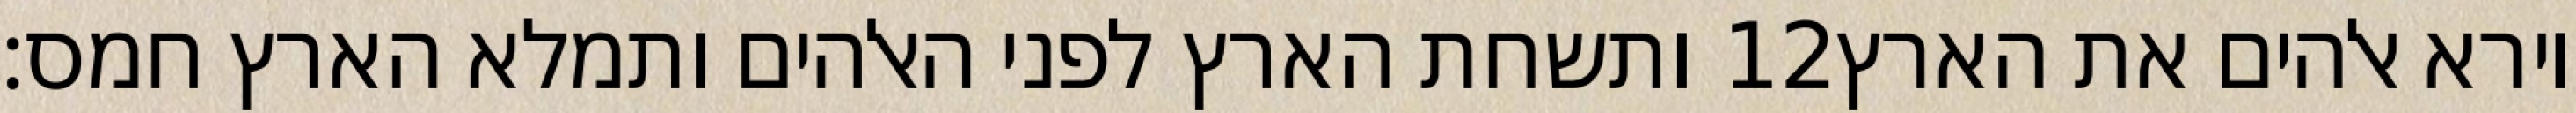
ותשחת הארץ לפני האלהים ותמלא הארץ חמס׃ ‎12‏ וירא אלהים את הארץ